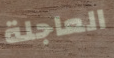
العاجلة